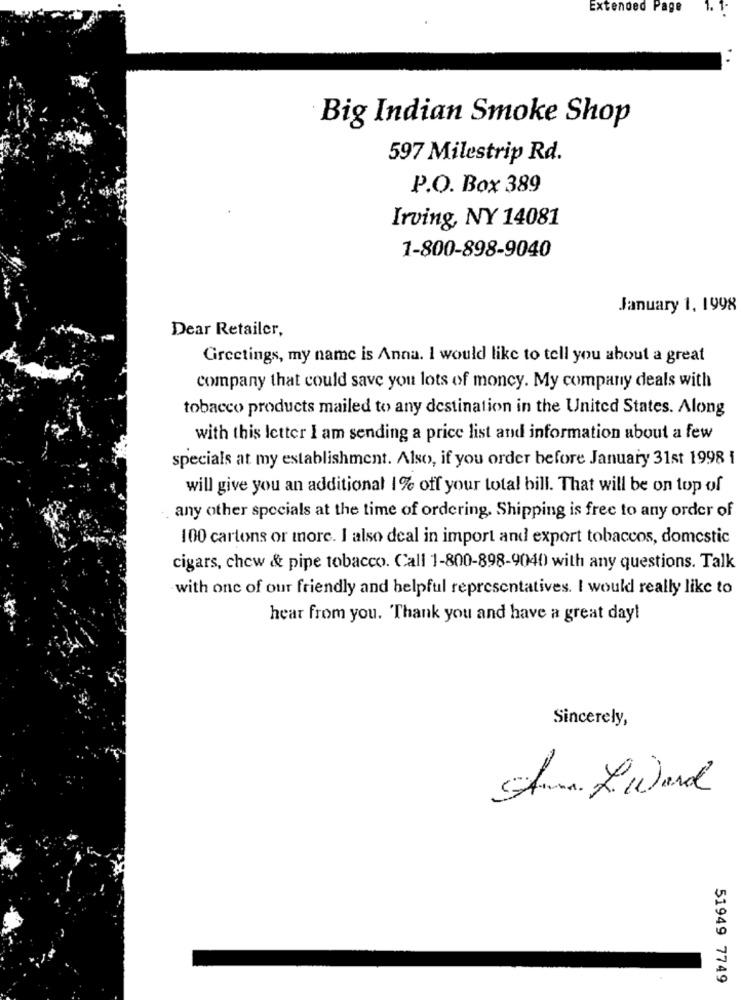
Extended Page
1. 1-
Big Indian Smoke Shop
597 Milestrip Rd.
P.O. Box 389
Irving, NY 14081
1-800-898-9040
January 1, 1998
Dear Retailer,
Greetings, my name is Anna. I would like to tell you about a great
company that could save you lots of moncy. My company deals with
tobacco products mailed to any destination in the United States. Along
with this letter I am sending a price list and information about a few
specials at my establishment. Also, if you order before January 31st 1998 1
will give you an additional 1% off your total bill. That will be on top of
any other specials at the time of ordering. Shipping is free to any order of
100 cartons or more. I also deal in import and export tobaccos, domestic
cigars, chew & pipe tobacco. Call 1-800-898-9040 with any questions. Talk
with one of our friendly and helpful representatives. I would really like to
hear from you. Thank you and have a great day!
Sincerely,
SALward
51949 7749